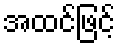
အထင်ဖြင့်